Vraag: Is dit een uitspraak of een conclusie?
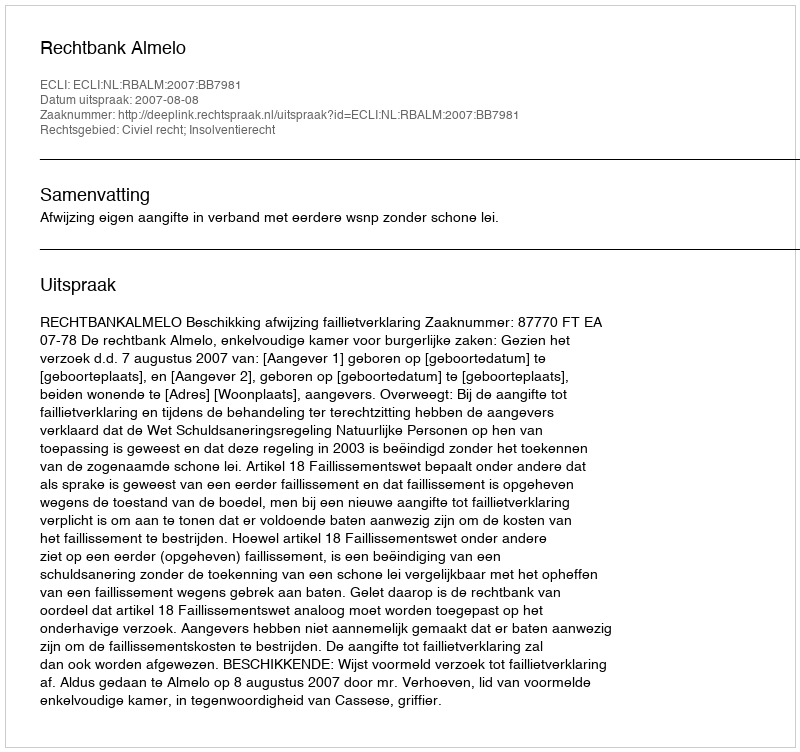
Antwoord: Uitspraak